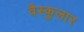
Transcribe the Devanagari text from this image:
वैस्कुलार